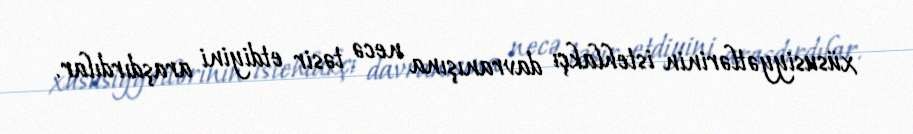
xüsusiyyətlərinin istehlakçı davranışına necə təsir etdiyini araşdırdılar.